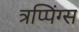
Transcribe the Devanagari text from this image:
त्रप्पिंग्स